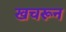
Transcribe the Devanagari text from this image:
खचरून